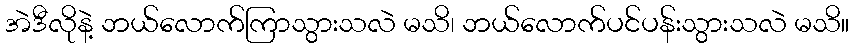
အဲဒီလိုနဲ့ ဘယ်လောက်ကြာသွားသလဲ မသိ၊ ဘယ်လောက်ပင်ပန်းသွားသလဲ မသိ။